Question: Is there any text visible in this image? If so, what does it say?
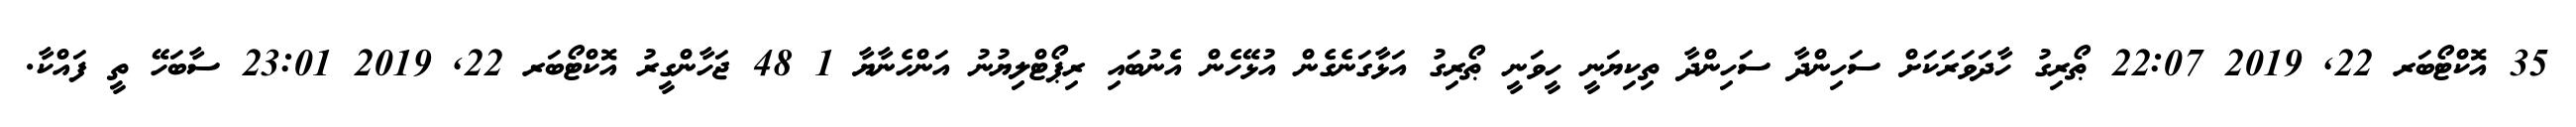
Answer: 35 އޮކްޓޯބަރ 22, 2019 22:07 ޠޯރިގު ހާދަވަރަކަށް ސަހިންދާ ސަހިންދާ ތިކިޔަނީ ހީވަނީ ޠޯރިގު އަޅާގަނެގެން އުޅޭހެން އެނުބައި ރިޕޯޓްލިޔުނު އަންހެނާޔާ 1 48 ޖަހާންގީރު އޮކްޓޯބަރ 22, 2019 23:01 ސާބަހޭ ތީ ފައްކާ.